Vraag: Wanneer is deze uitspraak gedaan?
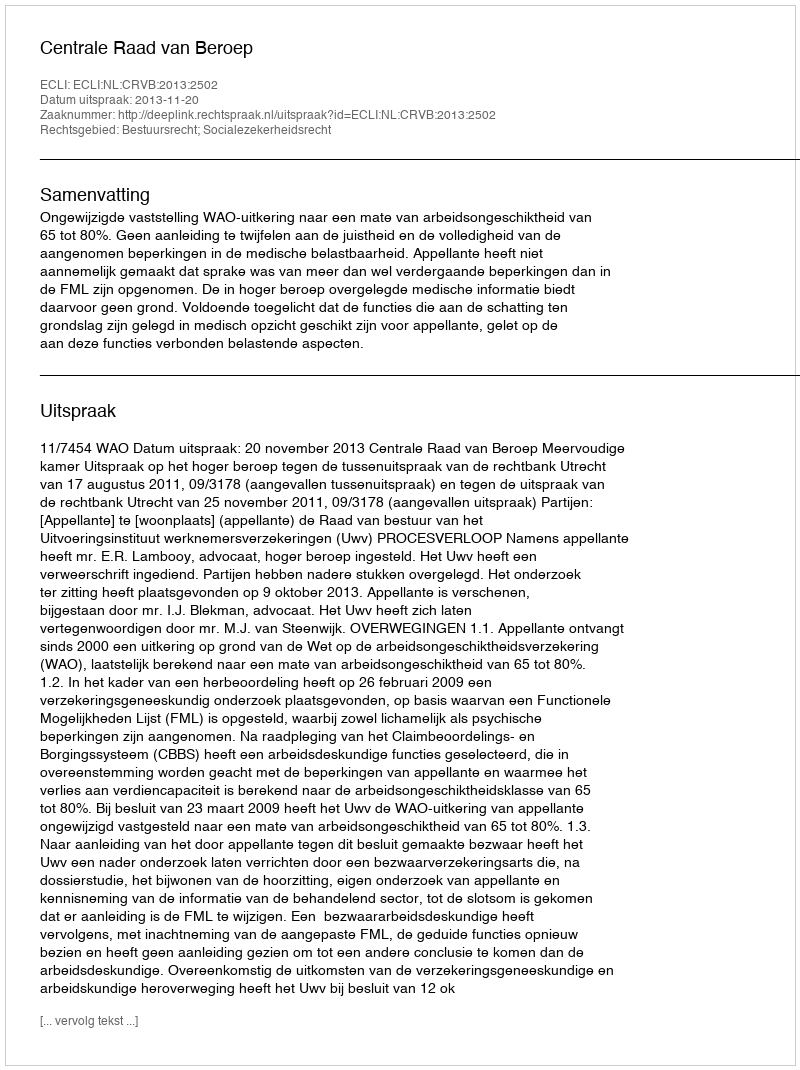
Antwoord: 2013-11-20